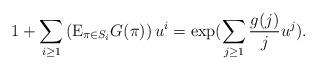
LaTeX: \begin{align*}1+\sum_{i \ge 1} \left(\mathrm{E}_{\pi \in S_i} G(\pi)\right) u^i = \exp(\sum_{j \ge 1} \frac{g(j)}{j}u^j).\end{align*}